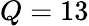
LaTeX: Q=13